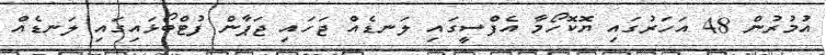
އުމުރުން 48 އަހަރުގައި ޔޮކޮހޯމާ އެފްސީގައި ލަނޑެއް ޖަަހައި ޖަޕާން ފުޓްބޯޅައިގައި ލަނޑެއް